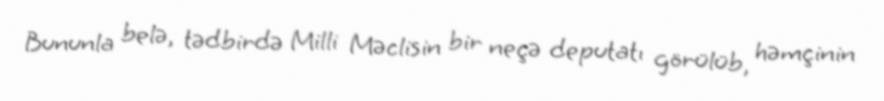
Bununla belə, tədbirdə Milli Məclisin bir neçə deputatı görülüb, həmçinin